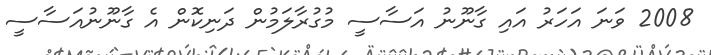
2008 ވަނަ އަހަރު އައި ގާނޫނު އަސާސީ މުގުރާލަމުން ދަނިކޮން އެ ގާނޫނުއަސާސީ